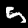
Digit: 5